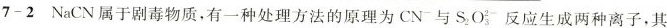
7-2NaCN属于剧毒物质，有一种处理方法的原理为CN与S_{2}O_{3}^{2-}反应生成两种离子，其